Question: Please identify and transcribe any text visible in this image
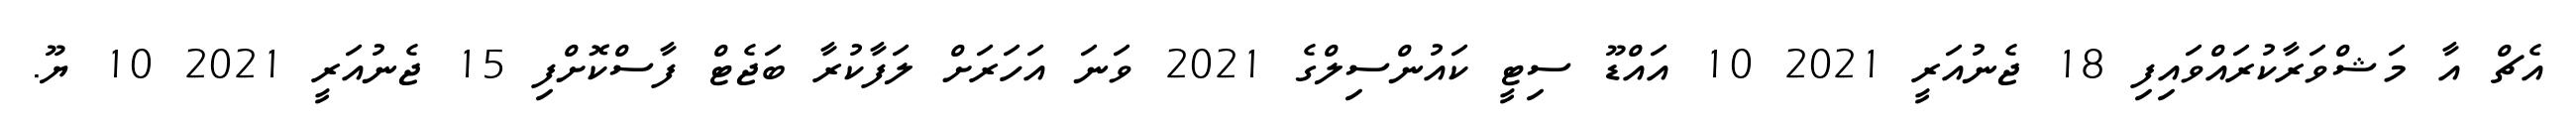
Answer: އެޗް އާ މަޝްވަރާކުރައްވައިފި 18 ޖެނުއަރީ 2021 10 އައްޑޫ ސިޓީ ކައުންސިލްގެ 2021 ވަނަ އަހަރަށް ލަފާކުރާ ބަޖެޓް ފާސްކޮށްފި 15 ޖެނުއަރީ 2021 10 ޔޫ.